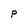
Character: P